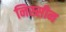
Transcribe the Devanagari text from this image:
निस्सीन